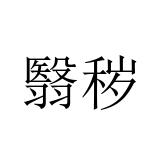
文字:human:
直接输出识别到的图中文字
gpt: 翳秽